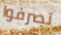
تصرفوا